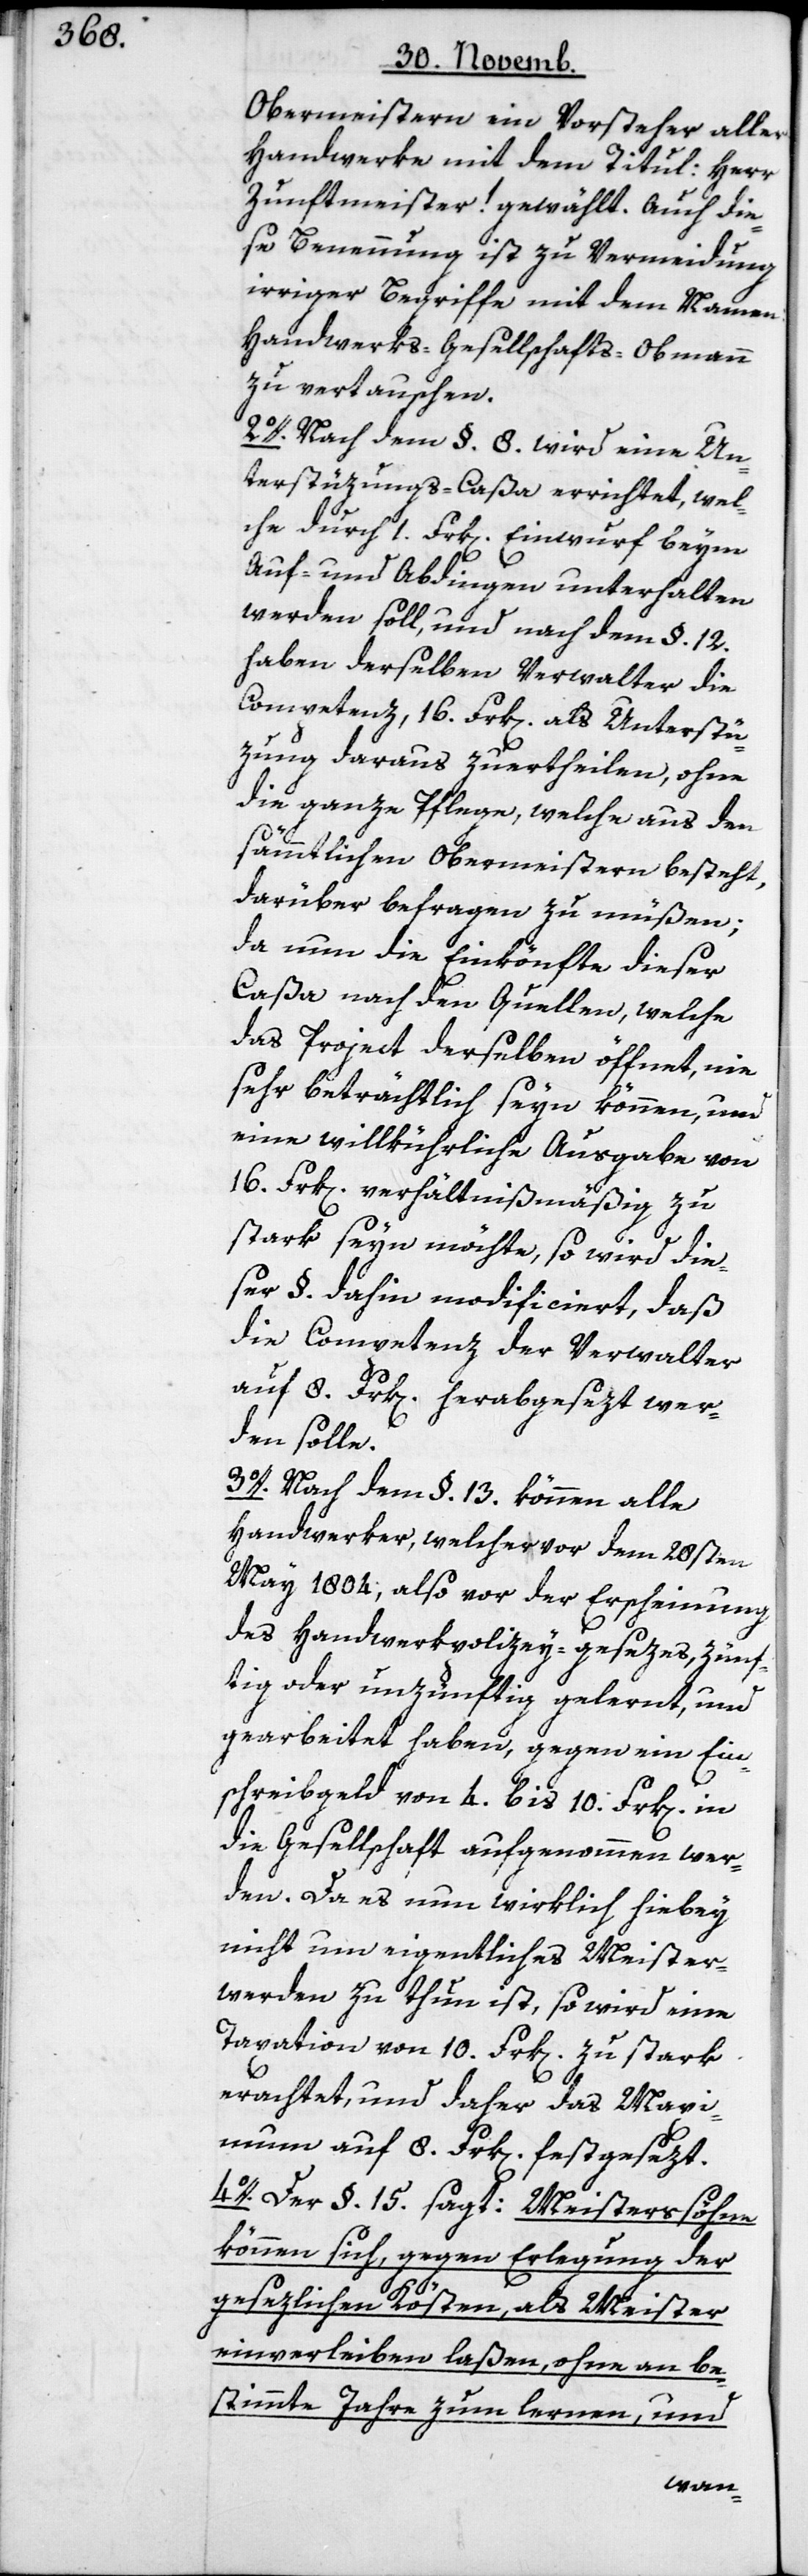
Obermeistern ein Vorsteher aller
Handwerke mit dem Titul: Herr
Zunftmeister! gewählt. Auch die¬
se Benennung ist zu Vermeidung
irriger Begriffe mit dem Namen:
Handwerks-Gesellschafts-Obmann
zu vertauschen.
2o. Nach dem §. 8. wird eine Un¬
terstützungs-Caßa errichtet, wel¬
che durch 1. Frk[en]. Einwurf beym
Auf- und Abdingen unterhalten
werden soll, und nach dem §. 12.
haben derselben Verwalter die
Competenz, 16. Frk[en]. als Unterstü¬
zung daraus zuertheilen, ohne
die ganze Pflege, welche aus den
sämmtlichen Obermeistern besteht,
darüber befragen zu müßen;
da nun die Einkönfte dieser
Caßa nach den Quellen, welche
das Project derselben öffnet, nie
sehr beträchtlich seyn können, und
eine willkührliche Ausgaabe von
16. Frk[en]. verhältnißmäßig zu
stark seyn möchte, so wird die¬
ser §. dahin modificiert, daß
die Competenz der Verwalter
auf 8. Frk[en]. herabgesezt wer¬
den solle.
3o. Nach dem §. 13. können alle
Handwerker, welche vor dem 28sten
May 1804, also vor der Erscheinung
des Handwerkpolizey-gesezes, Zünf¬
tig oder unzünftig gelernt, und
gearbeitet haben, gegen ein Ein¬
schreibgeld von 4. bis 10. Frk[en].
die Gesellschaft aufgenommen wer¬
den. Da es nun wirklich hiebey
nicht um eigentliches Meister¬
werden zu thun ist, so wird eine¬
Taxation von 10. Frk[en]. zu stark
erachtet, und daher das Maxi¬
mum auf 8. Frk[en]. festgesezt.
4o. Der §. 15. sagt: Meistersöhne
können sich, gegen Erlegung der
gesetzlichen Kösten, als Meister
einverleiben laßen, ohne an be¬
stimmte Jahre zum Lernen und
in